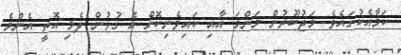
ކަމާއެކުގައެވެ. މަޖުބޫރުން މަންމަ އާއި ކައިވެނިކޮށް އެ ގުޅުން ދެމި އޮތީ އެންމެ